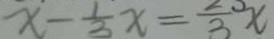
x - \frac { 1 } { 3 } x = \frac { 2 } { 3 } x